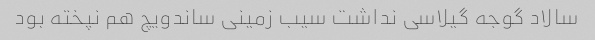
سالاد گوجه گیلاسی نداشت سیب زمینی ساندویچ هم نپخته بود